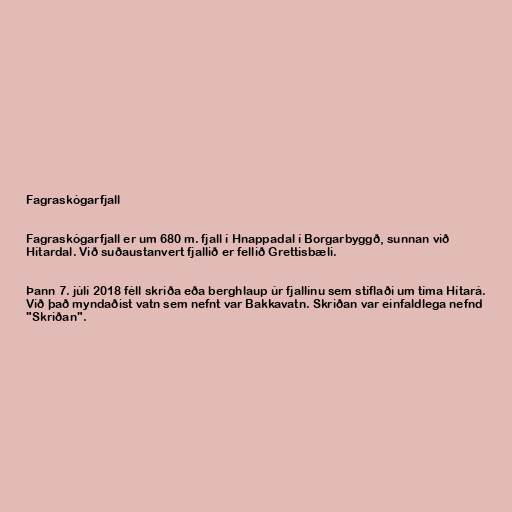
Fagraskógarfjall

Fagraskógarfjall er um 680 m. fjall í Hnappadal í Borgarbyggð, sunnan við
Hítardal. Við suðaustanvert fjallið er fellið Grettisbæli.

Þann 7. júlí 2018 féll skriða eða berghlaup úr fjallinu sem stíflaði um tíma Hítará.
Við það myndaðist vatn sem nefnt var Bakkavatn. Skriðan var einfaldlega nefnd
"Skriðan".